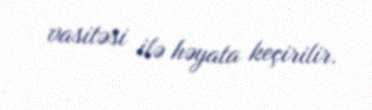
vasitəsi ilə həyata keçirilir.